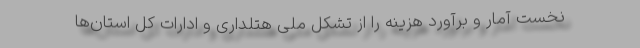
نخست آمار و برآورد هزینه را از تشکل ملی هتلداری و ادارات کل استان‌ها